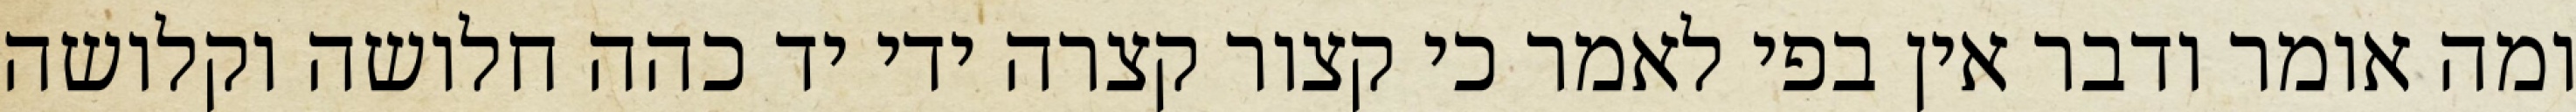
ומה אומר ודבר אין בפי לאמר כי קצור קצרה ידי יד כהה חלושה וקלושה